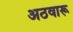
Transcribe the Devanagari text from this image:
अठवारू